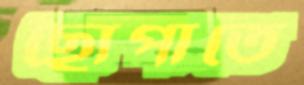
ছোপাতে